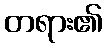
တရား၏